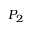
P _ { 2 }